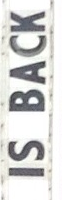
IS BACK